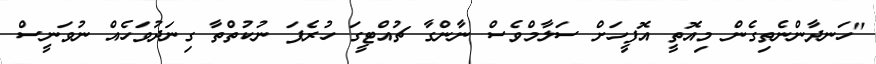
"ހަނދާންނެތިގެން މިއޮތީ އޮފީހަށް ސަލާމްވެސް ނާންގާ ޗުއްޓީގަ ހުރެފަ ނުކުތްތާ ގިނަދުވަހެއް ނުވަނީސް